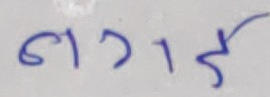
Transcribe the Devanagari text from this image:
९ग१५